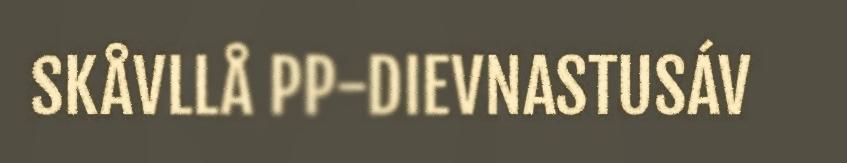
SKÅVLLÅ PP-DIEVNASTUSÁV